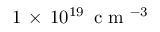
1 \, \times \, 1 0 ^ { 1 9 } \, \mathrm { ~ c ~ m ~ } ^ { - 3 }